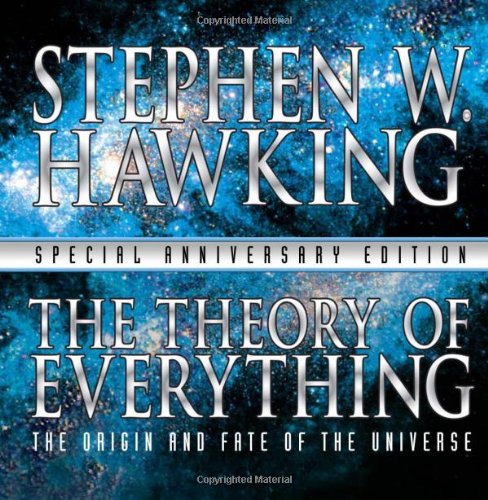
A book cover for The Theory of Everything: The Origin and Fate of the Universe; Stephen W Hawking; Science & Math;